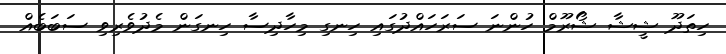
ހިތަދޫ ޝީޝާ ޝޯރޫމް ހުންނަ ސަރަހައްދުގައި ހިނގި މިހާދިސާ ހިނގަން މެދުވެރިވި ސަބަބެއް